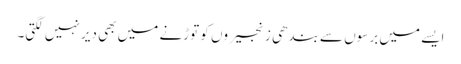
ایسے میں برسوں سے بندھی زنجیروں کو توڑنے میں بھی دیر نہیں لگتی۔